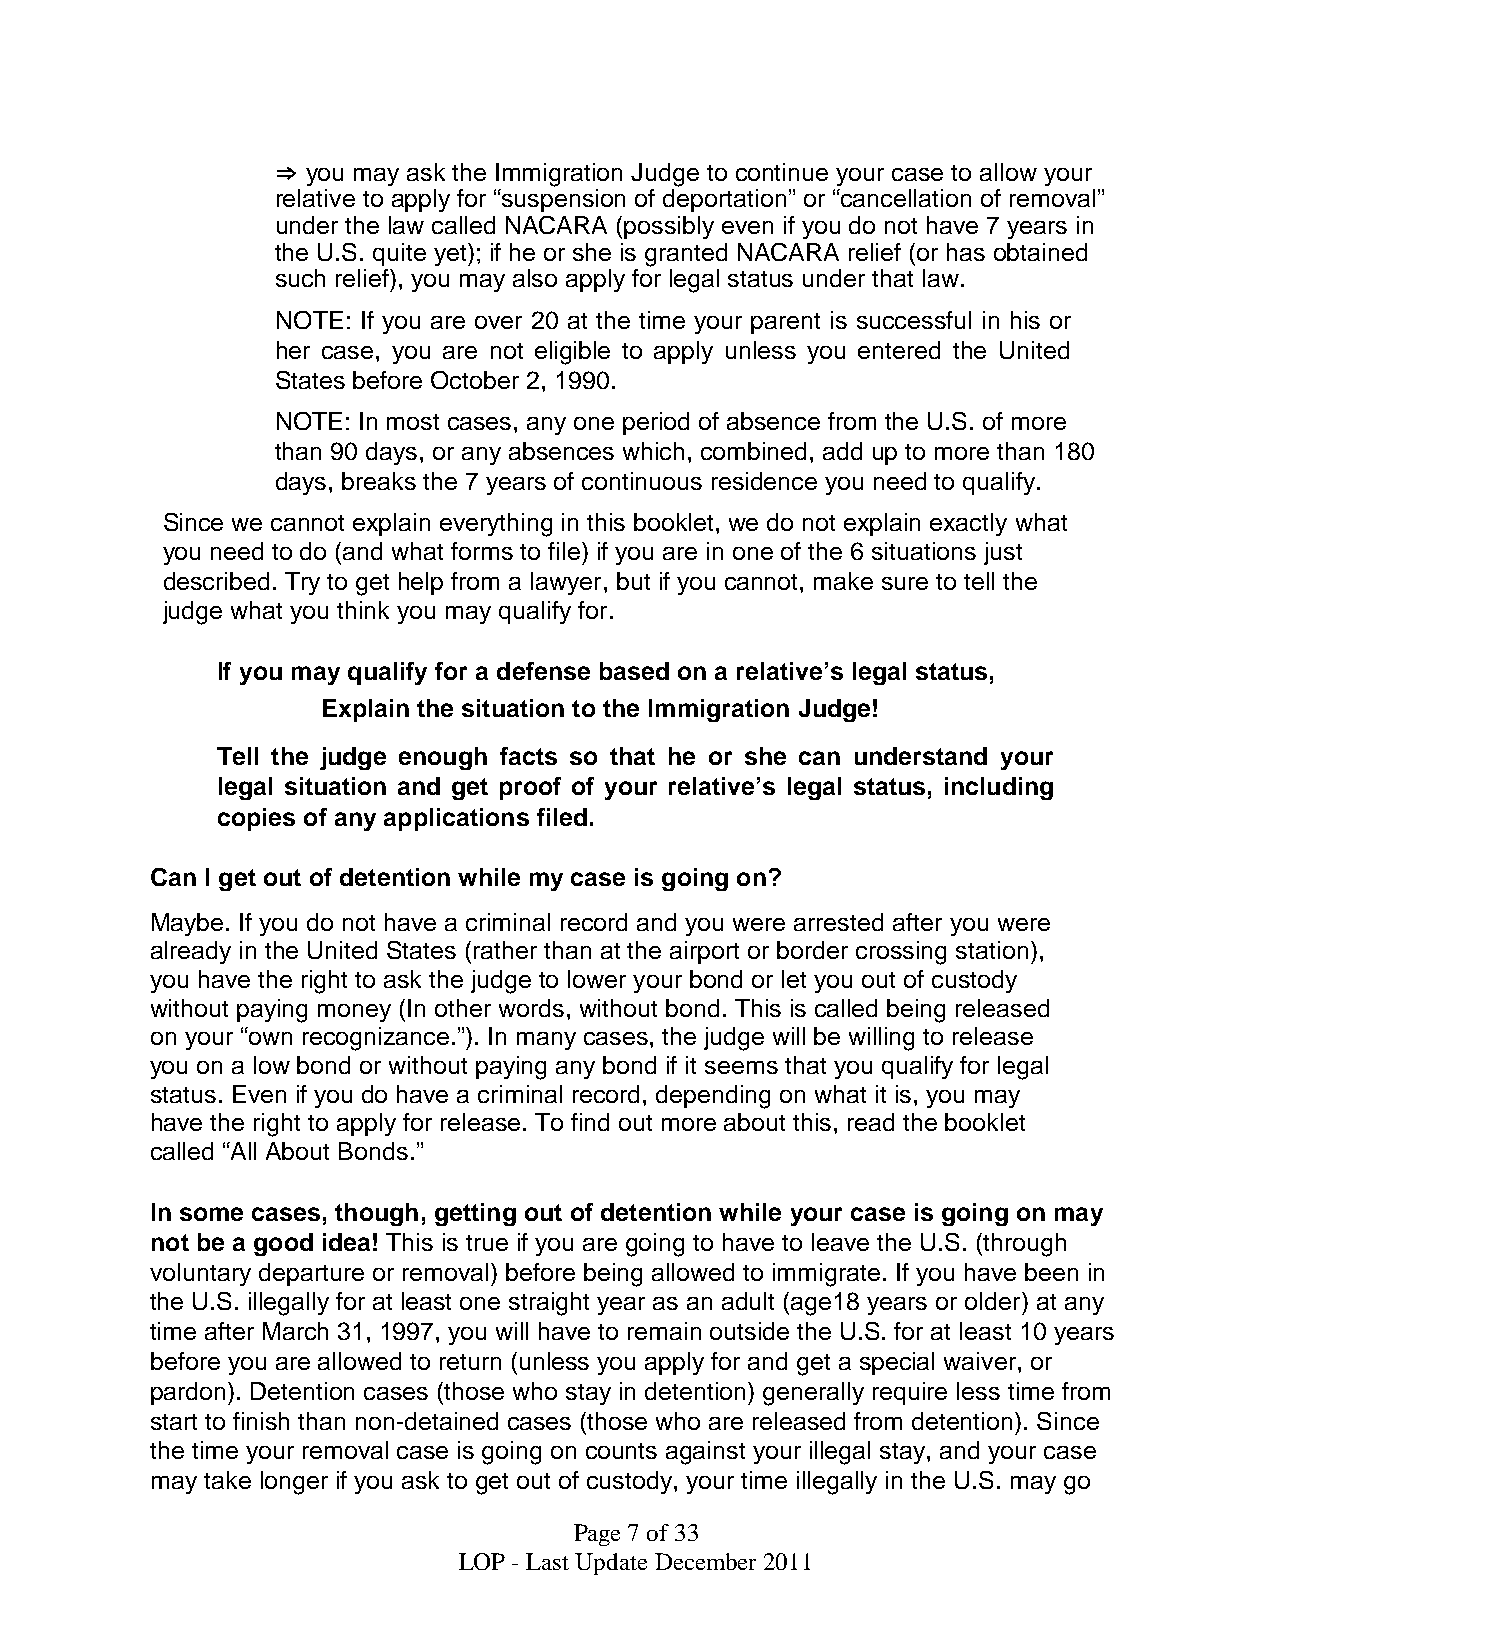
⇒ you may ask the Immigration Judge to continue your case to allow your
 relative to apply for “suspension of deportation” or “cancellation of removal”
 under the law called NACARA (possibly even if you do not have 7 years in
 the U.S. quite yet); if he or she is granted NACARA relief (or has obtained
 such relief), you may also apply for legal status under that law.
 NOTE: If you are over 20 at the time your parent is successful in his or
 her case, you are not eligible to apply unless you entered the United
 States before October 2, 1990.
 NOTE: In most cases, any one period of absence from the U.S. of more
 than 90 days, or any absences which, combined, add up to more than 180
 days, breaks the 7 years of continuous residence you need to qualify.
 Since we cannot explain everything in this booklet, we do not explain exactly what
 you need to do (and what forms to file) if you are in one of the 6 situations just
 described. Try to get help from a lawyer, but if you cannot, make sure to tell the
 judge what you think you may qualify for.
 If you may qualify for a defense based on a relative’s legal status,
 Explain the situation to the Immigration Judge!
 Tell the judge enough facts so that he or she can understand your
 legal situation and get proof of your relative’s legal status, including
 copies of any applications filed.
 Can I get out of detention while my case is going on?
 Maybe. If you do not have a criminal record and you were arrested after you were
 already in the United States (rather than at the airport or border crossing station),
 you have the right to ask the judge to lower your bond or let you out of custody
 without paying money (In other words, without bond. This is called being released
 on your “own recognizance.”). In many cases, the judge will be willing to release
 you on a low bond or without paying any bond if it seems that you qualify for legal
 status. Even if you do have a criminal record, depending on what it is, you may
 have the right to apply for release. To find out more about this, read the booklet
 called “All About Bonds.”
 In some cases, though, getting out of detention while your case is going on may
 not be a good idea! This is true if you are going to have to leave the U.S. (through
 voluntary departure or removal) before being allowed to immigrate. If you have been in
 the U.S. illegally for at least one straight year as an adult (age18 years or older) at any
 time after March 31, 1997, you will have to remain outside the U.S. for at least 10 years
 before you are allowed to return (unless you apply for and get a special waiver, or
 pardon). Detention cases (those who stay in detention) generally require less time from
 start to finish than non-detained cases (those who are released from detention). Since
 the time your removal case is going on counts against your illegal stay, and your case
 may take longer if you ask to get out of custody, your time illegally in the U.S. may go
 Page7of33
 LOP - Last UpdateDecember2011